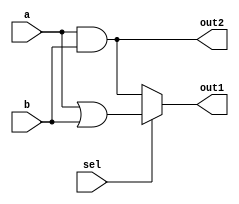
module combinational_logic_overlap (
    input wire [3:0] a,      // Shared inputs
    input wire [3:0] b,      // Shared inputs
    input wire sel,          // Control signal for multiplexing
    output wire [3:0] out1,  // Output for logic function 1
    output wire [3:0] out2   // Output for logic function 2
);

    // Internal signals for intermediate results
    wire [3:0] func1, func2;

    // Logic function 1: Example - AND and OR operations
    assign func1 = a & b;    // AND operation
    assign func2 = a | b;    // OR operation

    // Multiplexing logic to select output based on control signal
    assign out1 = sel ? func2 : func1; // Select func2 if sel is high, else func1
    assign out2 = func1;                // Always output func1 as out2

endmodule